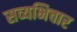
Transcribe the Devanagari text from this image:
सव्यभिचार